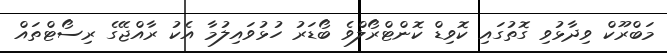
މަބްރޫކް ވިދާޅުވި ގޮތުގައި ކޮވިޑް ކޮންޓްރޯލްވެ ބޯޑަރު ހުޅުވައިލުމާ އެކު ރާއްްޖޭގެ ރިސޯޓްތައް